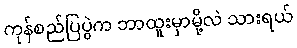
ကုန်စည်ပြပွဲက ဘာထူးမှာမို့လဲ သားရယ်